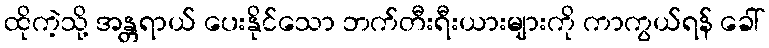
ထိုကဲ့သို့ အန္တရာယ် ပေးနိုင်သော ဘက်တီးရီးယားများကို ကာကွယ်ရန် ခေါ်